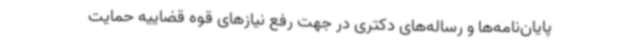
پایان‌نامه‌ها و رساله‌های دکتری در جهت رفع نیازهای قوه قضاییه حمایت